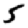
Digit: 5